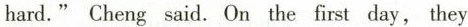
hard."Cheng said.On the first day,they